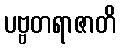
ပဗ္ဗတရာဇာတိ